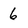
Character: 6